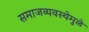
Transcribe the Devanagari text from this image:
समाजव्यवस्थेमुळे